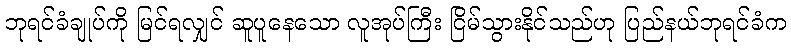
ဘုရင်ခံချုပ်ကို မြင်ရလျှင် ဆူပူနေသော လူအုပ်ကြီး ငြိမ်သွားနိုင်သည်ဟု ပြည်နယ်ဘုရင်ခံက